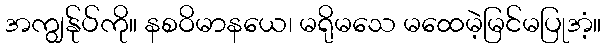
အကျွန်ုပ်ကို။ နစဝိမာနယေ၊ မရိုမသေ မထေမဲ့မြင်မပြုအံ့။